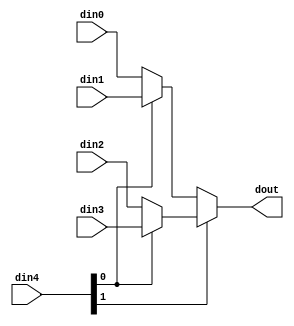
`define EXPONENT 5
`define MANTISSA 10
`define ACTUAL_MANTISSA 11
`define EXPONENT_LSB 10
`define EXPONENT_MSB 14
`define MANTISSA_LSB 0
`define MANTISSA_MSB 9
`define MANTISSA_MUL_SPLIT_LSB 3
`define MANTISSA_MUL_SPLIT_MSB 9
`define SIGN 1
`define SIGN_LOC 15
`define DWIDTH (`SIGN+`EXPONENT+`MANTISSA)
`define IEEE_COMPLIANCE 1

module td_fused_top_mux_42_16_1_1 #(
parameter
    ID                = 0,
    NUM_STAGE         = 1,
    din0_WIDTH       = 32,
    din1_WIDTH       = 32,
    din2_WIDTH       = 32,
    din3_WIDTH       = 32,
    din4_WIDTH         = 32,
    dout_WIDTH            = 32
)(
    input  [15 : 0]     din0,
    input  [15 : 0]     din1,
    input  [15 : 0]     din2,
    input  [15 : 0]     din3,
    input  [1 : 0]    din4,
    output [15 : 0]   dout);

// puts internal signals
wire [1 : 0]     sel;
// level 1 signals
wire [15 : 0]         mux_1_0;
wire [15 : 0]         mux_1_1;
// level 2 signals
wire [15 : 0]         mux_2_0;

assign sel = din4;

// Generate level 1 logic
assign mux_1_0 = (sel[0] == 0)? din0 : din1;
assign mux_1_1 = (sel[0] == 0)? din2 : din3;

// Generate level 2 logic
assign mux_2_0 = (sel[1] == 0)? mux_1_0 : mux_1_1;

// output logic
assign dout = mux_2_0;

endmodule